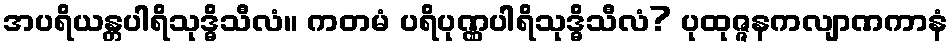
အပရိယန္တပါရိသုဒ္ဓိသီလံ။ ကတမံ ပရိပုဏ္ဏပါရိသုဒ္ဓိသီလံ? ပုထုဇ္ဇနကလျာဏကာနံ